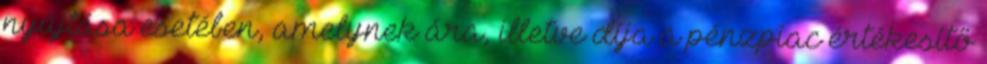
nyújtása esetében, amelynek ára, illetve díja a pénzpiac értékesítő